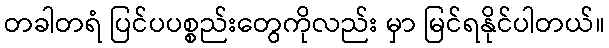
တခါတရံ ပြင်ပပစ္စည်းတွေကိုလည်း မှာ မြင်ရနိုင်ပါတယ်။